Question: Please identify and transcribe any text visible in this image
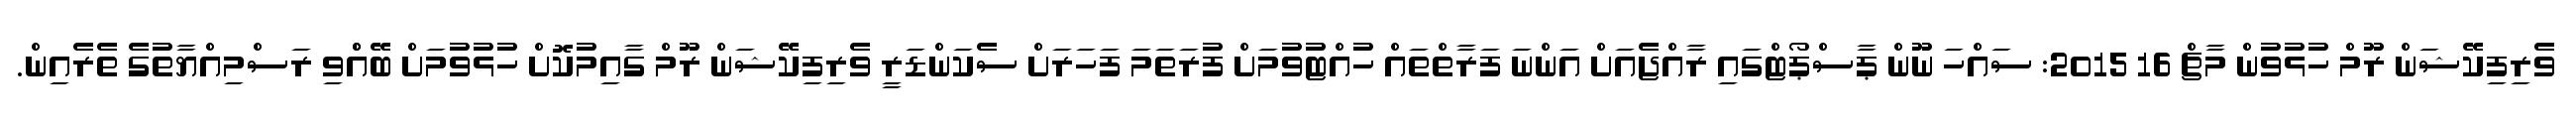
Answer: ވެރިފިކޭޝަން ރޫމް ހުޅުވުން މާޗް 16 2015: ސައްހަ ނޫން ޕާސްޕޯޓްގައި ރާއްޖެއަށް އަންނަ ފަރާތްތައް ހުއްޓުވުމަށް ފުރަތަމަ ފަހަރަށް ސެކަންޑަރީ ވެރިފިކޭޝަން ރޫމް ގާއިމުކޮށް ހުޅުވުމަށް ބޭއްްވި ރަސްމިއްޔާތުގެ ތެރެއިން.